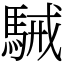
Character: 駴